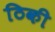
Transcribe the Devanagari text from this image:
ठिकी